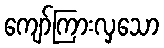
ကျော်ကြားလှသော